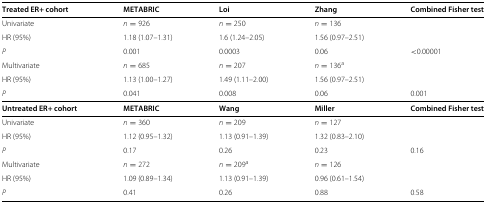
<table><thead><tr><td><b>Treated ER+ cohort</b></td><td><b>METABRIC</b></td><td><b>Loi</b></td><td><b>Zhang</b></td><td><b>Combined Fisher test</b></td></tr></thead><tbody><tr><td>Univariate</td><td><i>n</i>=926</td><td><i>n</i>=250</td><td><i>n</i>=136</td><td></td></tr><tr><td>HR (95<i>%</i>)</td><td>1.18 (1.07–1.31)</td><td>1.6 (1.24–2.05)</td><td>1.56 (0.97–2.51)</td><td></td></tr><tr><td><i>P</i></td><td>0.001</td><td>0.0003</td><td>0.06</td><td>&lt;0.00001</td></tr><tr><td>Multivariate</td><td><i>n</i>=685</td><td><i>n</i>=207</td><td><i>n</i>=136<sup>a</sup></td><td></td></tr><tr><td>HR (95<i>%</i>)</td><td>1.13 (1.00–1.27)</td><td>1.49 (1.11–2.00)</td><td>1.56 (0.97–2.51)</td><td></td></tr><tr><td><i>P</i></td><td>0.041</td><td>0.008</td><td>0.06</td><td>0.001</td></tr><tr><td><b>Untreated ER+ cohort</b></td><td><b>METABRIC</b></td><td><b>Wang</b></td><td><b>Miller</b></td><td><b>Combined Fisher test</b></td></tr><tr><td>Univariate</td><td><i>n</i>=360</td><td><i>n</i>=209</td><td><i>n</i>=127</td><td></td></tr><tr><td>HR (95<i>%</i>)</td><td>1.12 (0.95–1.32)</td><td>1.13 (0.91–1.39)</td><td>1.32 (0.83–2.10)</td><td></td></tr><tr><td><i>P</i></td><td>0.17</td><td>0.26</td><td>0.23</td><td>0.16</td></tr><tr><td>Multivariate</td><td><i>n</i>=272</td><td><i>n</i>=209<sup>a</sup></td><td><i>n</i>=126</td><td></td></tr><tr><td>HR (95<i>%</i>)</td><td>1.09 (0.89–1.34)</td><td>1.13 (0.91–1.39)</td><td>0.96 (0.61–1.54)</td><td></td></tr><tr><td><i>P</i></td><td>0.41</td><td>0.26</td><td>0.88</td><td>0.58</td></tr></tbody></table>